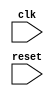
module timing_control_and_synchronization (
    input wire clk,
    input wire reset,
    // Add other input signals here
    
    // Add output signals here
);

// Verilog code for timing control block
// Manage timing parameters, setup and hold times, clock frequency, data transfer rates
// Generate necessary clock signals for bus operation

// Verilog code for synchronization block
// Handle clock domain crossings
// Ensure data transfers are properly synchronized between different clock domains

// Add code for coordinating data transfers between processor core and peripherals

endmodule